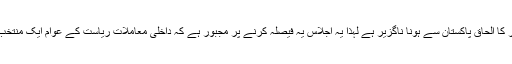
ثقافتی اور مذہبی لحاظ سے ریاست جموں کشمیر کا الحاق پاکستان سے ہونا ناگزیر ہے لہذا یہ اجلاس یہ فیصلہ کرنے پر مجبور ہے کہ داخلی معاملات ریاست کے عوام ایک منتخب حکومت کے ذریعہ چلائیں گے جب کہ دفاع ۔